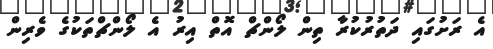
އެ ރަށުގައި ދަތުރުކުރާ ތިން ލޯންޗް އޮތް އިރު އެ ލޯންޗްތަކުގެ ވެރިން